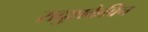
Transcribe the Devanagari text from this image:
रादुशकेविच